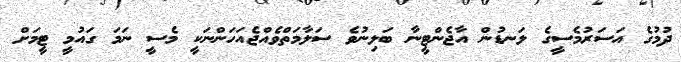
ދުމުގެ އަސަރުމެސީގެ ލަނޑުން އާޖެންޓީނާ ބަލިނުވެ ސަލާމަތްވެއްޖެއަހަންނަކީ މެސީ ނަމަ ގައުމީ ޓީމަށް